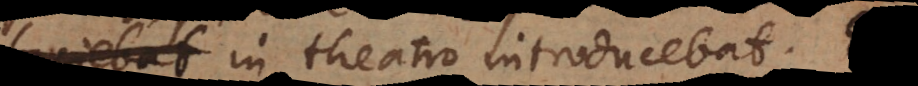
faciebat in theatro introducebat.